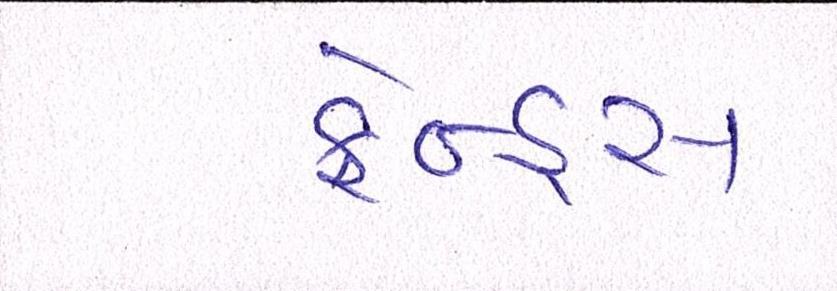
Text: ફ્રેન્ડ્સ